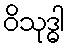
ဝိသုဒ္ဓါ